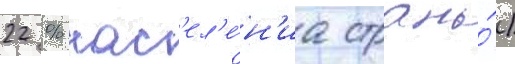
22 % нас'ел'е́н'иа страны́)